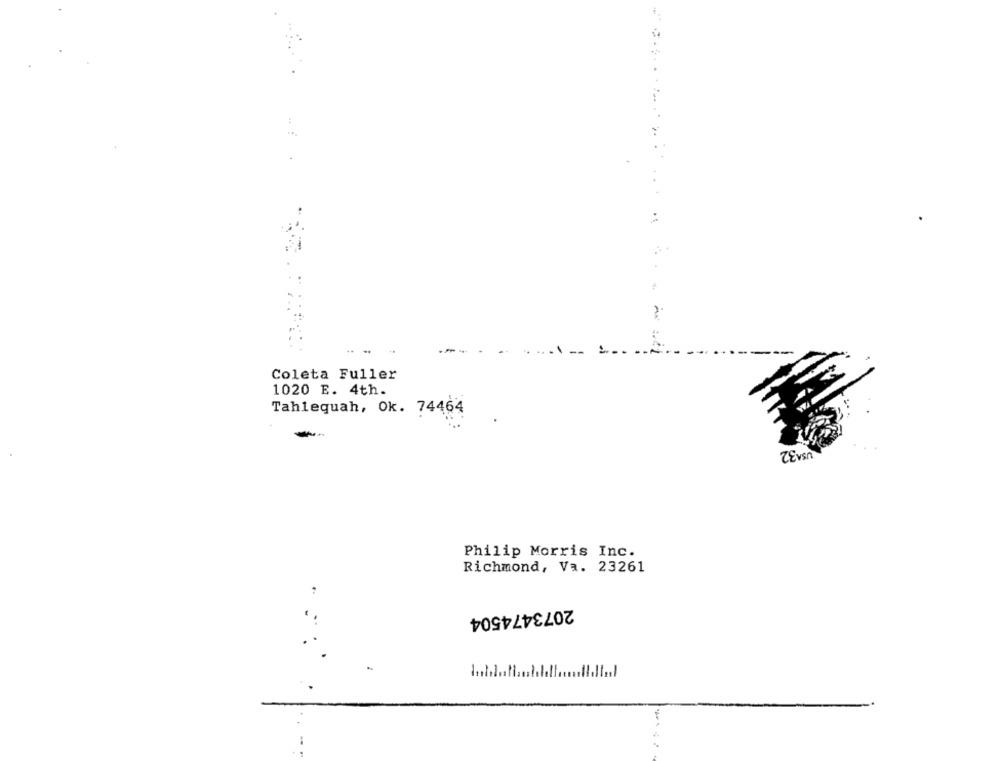
---
---
---
Coleta Fuller
1020 E. 4th.
Tahlequah, Ok. 74464
ZEvsn
Philip Morris Inc.
Richmond, Va. 23261
2073474504